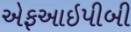
એફઆઇપીબી